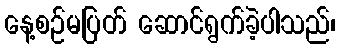
နေ့စဉ်မပြတ် ဆောင်ရွက်ခဲ့ပါသည်၊